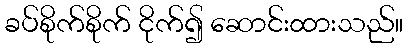
ခပ်စိုက်စိုက် ငိုက်၍ ဆောင်းထားသည်။